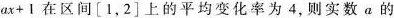
$$ax+1$$在区间[1，2]上的平均变化率为4，则实数a的